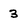
Character: 3